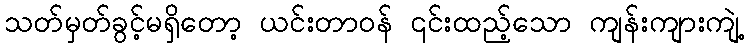
သတ်မှတ်ခွင့်မရှိတော့ ယင်းတာဝန် ၎င်းထည့်သော ကျန်းကျားကျဲ့